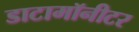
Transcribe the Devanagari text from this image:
डाटामॉनीटर